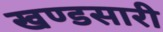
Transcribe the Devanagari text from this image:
खण्डसारी